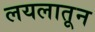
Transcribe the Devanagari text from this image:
लयलातून